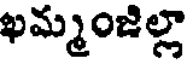
ఖమ్మంజిల్లా